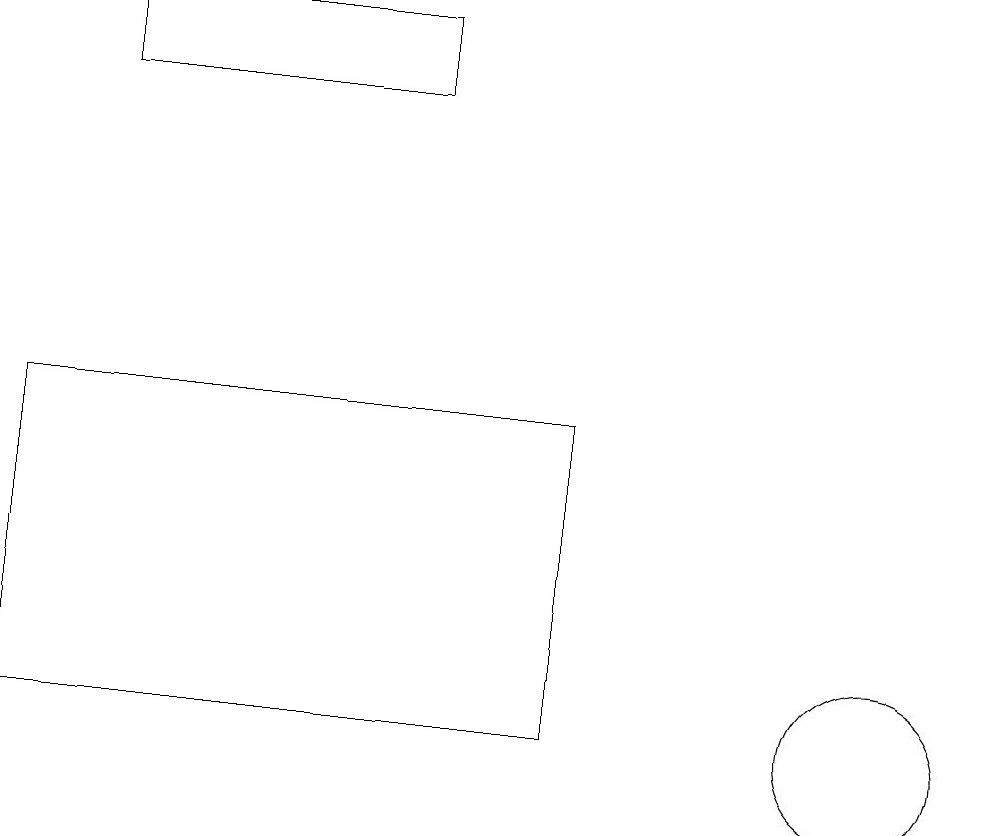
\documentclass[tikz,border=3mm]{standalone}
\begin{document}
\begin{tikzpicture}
\draw (1,19) rectangle (5,18);
\draw (7,10) rectangle (0,14);
\draw (11,10) circle (1);
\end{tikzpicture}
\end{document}